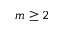
m \geq 2